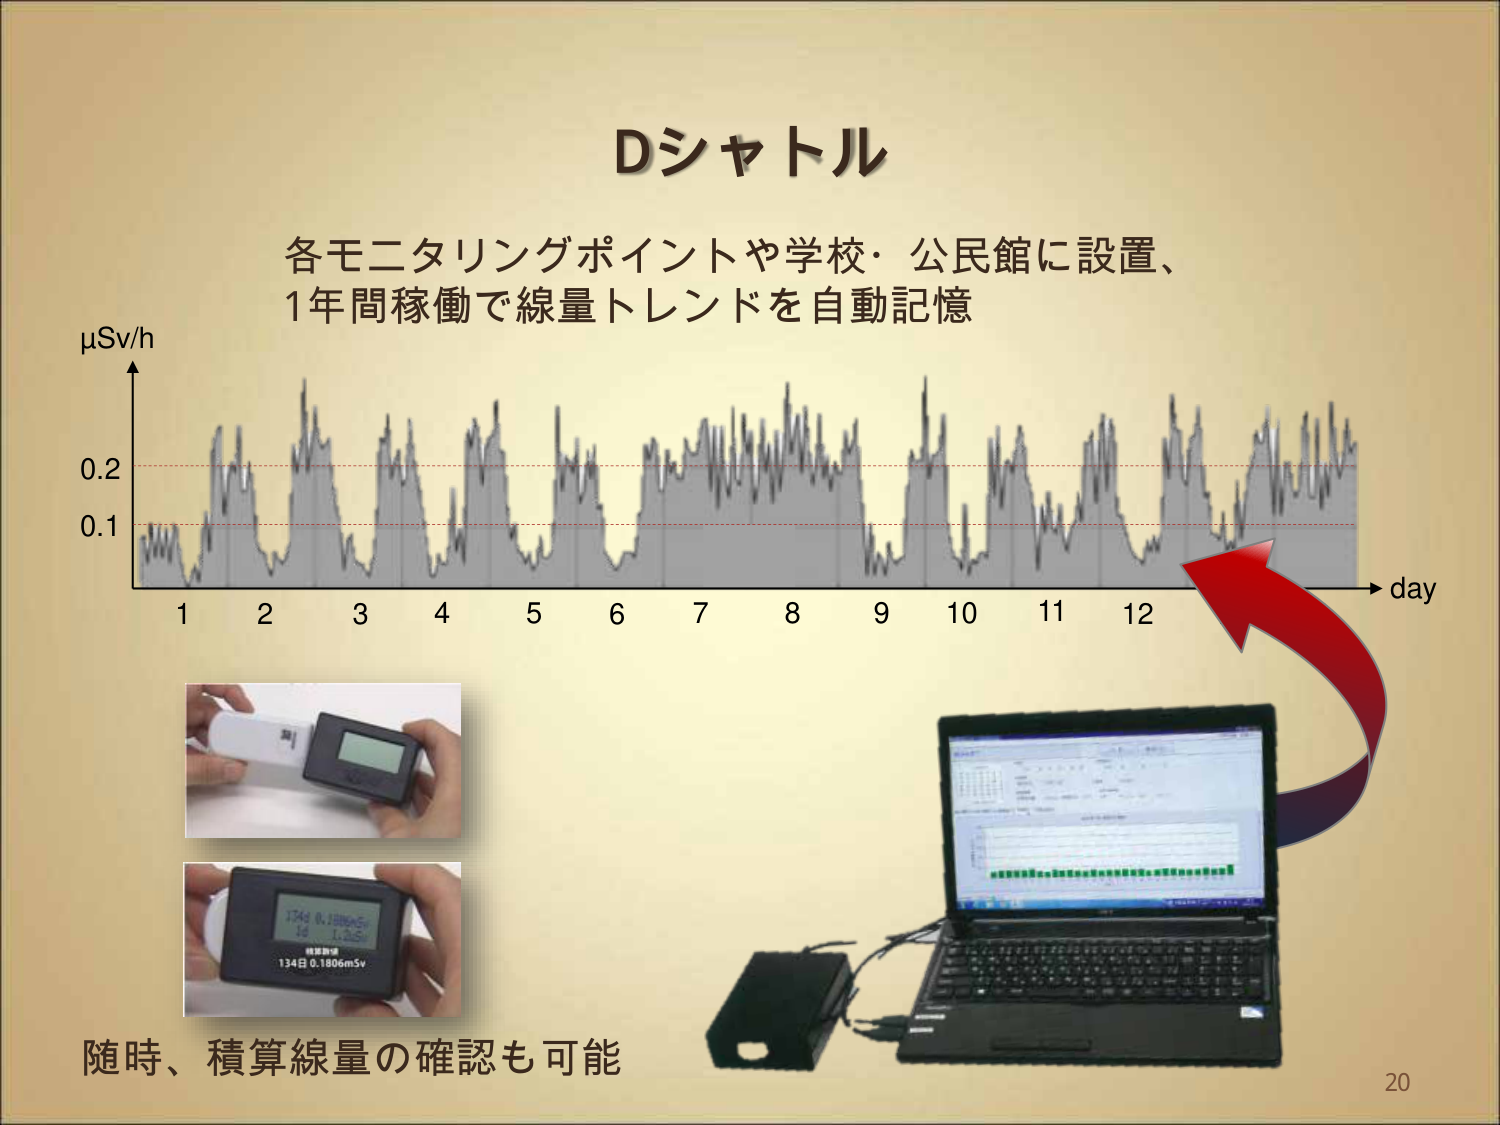
Dシャトル
各モニタリングポイントや学校・公民館に設置、
1年間稼働で線量トレンドを自動記憶

μSv/h
0.2
0.1
1 2 3 4 5 6 7 8 9 10 11 12
day

随時、積算線量の確認も可能

134日 0.1806mSv
134日 0.1806mSv
134日 0.1806mSv

20